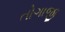
તોગાજી